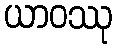
ယာဝဿု